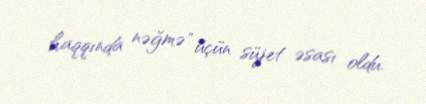
haqqında nəğmə" üçün süjet əsası oldu.